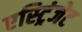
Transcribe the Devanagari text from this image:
एस्ट्रिंजेट